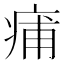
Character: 痡